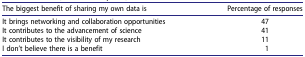
<table><thead><tr><td><b>The biggest benefit of sharing my own data is</b></td><td><b>Percentage of responses</b></td></tr></thead><tbody><tr><td>It brings networking and collaboration opportunities</td><td>47</td></tr><tr><td>It contributes to the advancement of science</td><td>41</td></tr><tr><td>It contributes to the visibility of my research</td><td>11</td></tr><tr><td>I don’t believe there is a benefit</td><td>1</td></tr></tbody></table>